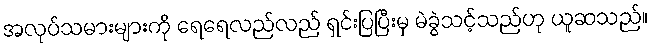
အလုပ်သမားများကို ရေရေလည်လည် ရှင်းပြပြီးမှ မဲခွဲသင့်သည်ဟု ယူဆသည်။